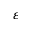
\varepsilon